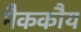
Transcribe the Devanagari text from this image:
मैककौय